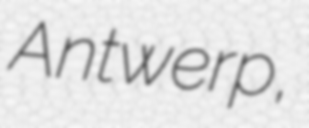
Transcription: Antwerp,